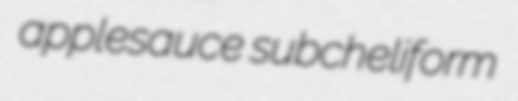
applesauce subcheliform